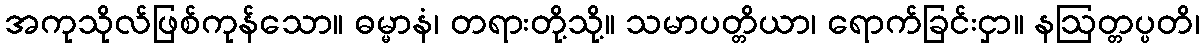
အကုသိုလ်ဖြစ်ကုန်သော။ ဓမ္မာနံ၊ တရားတို့သို့။ သမာပတ္တိယာ၊ ရောက်ခြင်းငှာ။ နဩတ္တပ္ပတိ၊